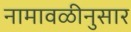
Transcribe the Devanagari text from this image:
नामावळीनुसार